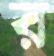
র